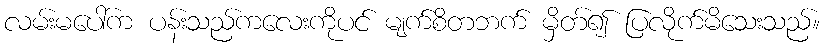
လမ်းမပေါ်က ပန်းသည်ကလေးကိုပင် မျက်စိတဘက် မှိတ်၍ ပြလိုက်မိသေးသည်။